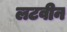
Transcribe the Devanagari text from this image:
लटवीन